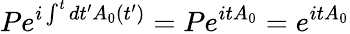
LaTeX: Pe^{i\int^{t}dt^{\prime}A_{0}(t^{\prime})}=Pe^{itA_{0}}=e^{itA_{0}}